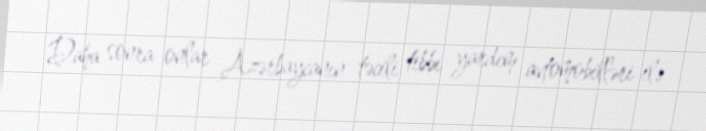
Daha sonra onlar Azərbaycanın təcili tibbi yardım avtomobilləri ilə